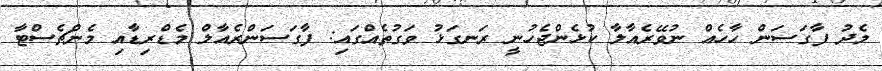
މެދު ފާގަސަން ހާހެއް ނުވޭރެއާލާ ކުޅެންޖެހުނީ ރަނގަޅު ވަގުތެއްގައި: ފާގަސަންރެއާލް މެޑްރިޑާއި މެންޗެސްޓާ